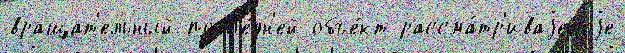
вращат'ельный посл'е́дн'ей объе́кт рассма́тр'иваjемоjе